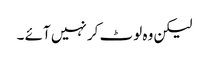
لیکن وہ لوٹ کر نہیں آئے ۔